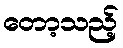
တော့သည့်